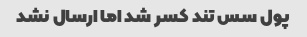
پول سس تند کسر شد اما ارسال نشد